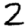
Digit: 2